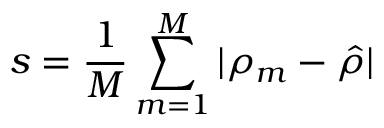
s = \frac { 1 } { M } \sum _ { m = 1 } ^ { M } | \rho _ { m } - \hat { \rho } |